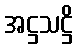
အဋ္ဌသဋ္ဌိ